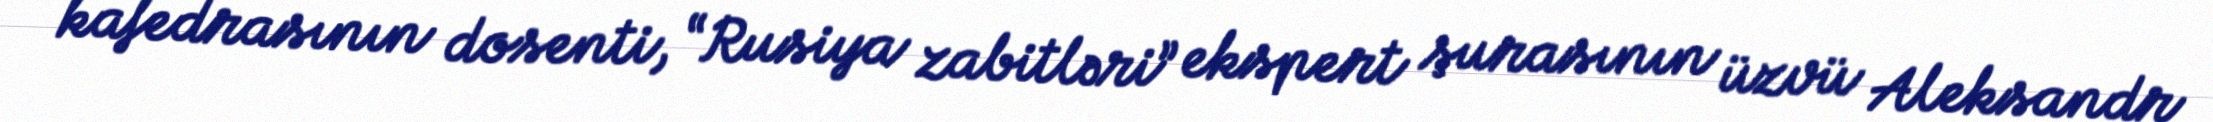
kafedrasının dosenti, “Rusiya zabitləri” ekspert şurasının üzvü Aleksandr